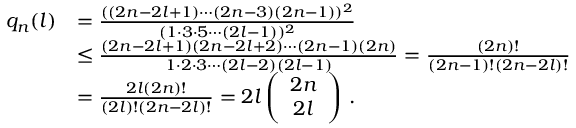
\begin{array} { r l } { q _ { n } ( l ) } & { = \frac { ( ( 2 n - 2 l + 1 ) \cdots ( 2 n - 3 ) ( 2 n - 1 ) ) ^ { 2 } } { ( 1 \cdot 3 \cdot 5 \cdots ( 2 l - 1 ) ) ^ { 2 } } } \\ & { \le \frac { ( 2 n - 2 l + 1 ) ( 2 n - 2 l + 2 ) \cdots ( 2 n - 1 ) ( 2 n ) } { 1 \cdot 2 \cdot 3 \cdots ( 2 l - 2 ) ( 2 l - 1 ) } = \frac { ( 2 n ) ! } { ( 2 n - 1 ) ! ( 2 n - 2 l ) ! } } \\ & { = \frac { 2 l ( 2 n ) ! } { ( 2 l ) ! ( 2 n - 2 l ) ! } = 2 l \left( \begin{array} { c } { 2 n } \\ { 2 l } \end{array} \right) \, . } \end{array}